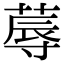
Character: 蓐